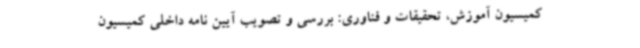
کمیسیون آموزش، تحقیقات و فناوری: بررسی و تصویب آیین نامه داخلی کمیسیون